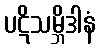
ပဋိသမ္ဘိဒါနံ